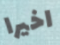
اخيرا